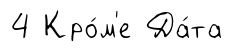
4 Кро́м'е Да́та